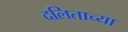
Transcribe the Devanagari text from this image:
दलिताच्या